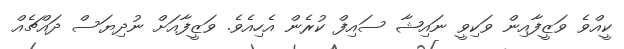
ކީއްވެ ވަޒީފާއިން ވަކިވީ ނައިޝާ ސައިފް ކުރެން އެހިއެވެ. ވަޒީފާއަށް ނުދިޔަސް ދައްޗެއް